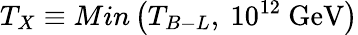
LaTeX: T_{X}\equiv Min\left(T_{B-L}\mathrm{,~}10^{12}\mathrm{~GeV}\right)